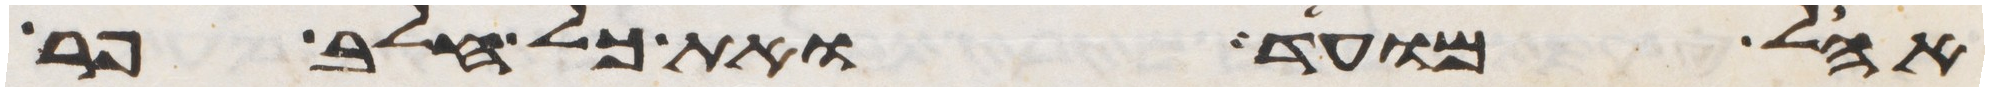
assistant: אהל מועד ואת כל חלב פר